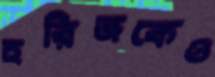
হরিজকেও